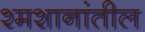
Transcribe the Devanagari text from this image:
श्मशानांतील